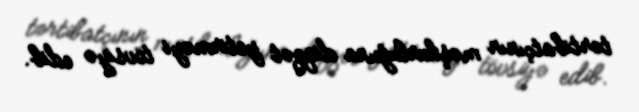
tərtibatçının məşhurluğuna diqqət yetirməyi tövsiyə edib.